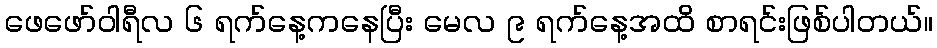
ဖေဖော်ဝါရီလ ၆ ရက်နေ့ကနေပြီး မေလ ၉ ရက်နေ့အထိ စာရင်းဖြစ်ပါတယ်။